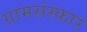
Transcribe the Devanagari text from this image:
ग्रामसंस्कार